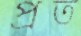
প্রত